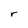
Character: r